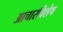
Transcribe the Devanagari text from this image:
आचारविशेष